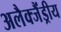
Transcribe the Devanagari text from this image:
अलैक्जैंड्रीय